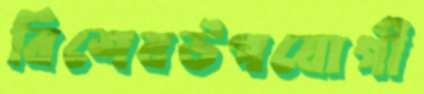
বিশেষউপযোগী